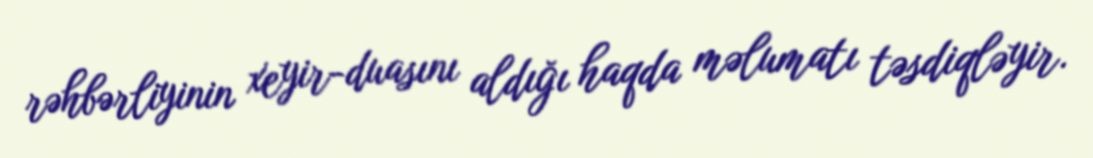
rəhbərliyinin xeyir-duasını aldığı haqda məlumatı təsdiqləyir.